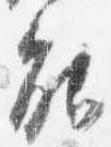
能